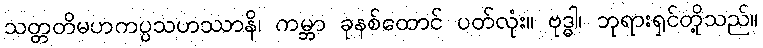
သတ္တတိမဟကပ္ပသဟဿာနိ၊ ကမ္ဘာ ခုနစ်ထောင် ပတ်လုံး။ ဗုဒ္ဓါ၊ ဘုရားရှင်တို့သည်။